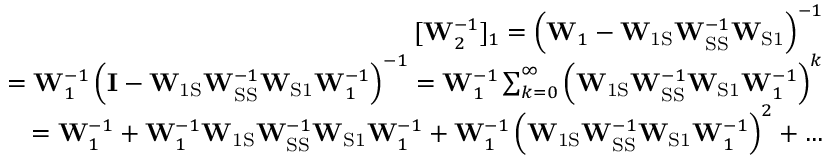
\begin{array} { r } { [ \mathbf { W } _ { 2 } ^ { - 1 } ] _ { 1 } = \left( \mathbf { W } _ { 1 } - \mathbf { W } _ { \mathrm { 1 S } } \mathbf { W } _ { \mathrm { S S } } ^ { - 1 } \mathbf { W } _ { \mathrm { S 1 } } \right) ^ { - 1 } } \\ { = \mathbf { W } _ { 1 } ^ { - 1 } \left( \mathbf { I } - \mathbf { W } _ { \mathrm { 1 S } } \mathbf { W } _ { \mathrm { S S } } ^ { - 1 } \mathbf { W } _ { \mathrm { S 1 } } \mathbf { W } _ { 1 } ^ { - 1 } \right) ^ { - 1 } = \mathbf { W } _ { 1 } ^ { - 1 } \sum _ { k = 0 } ^ { \infty } \left( \mathbf { W } _ { \mathrm { 1 S } } \mathbf { W } _ { \mathrm { S S } } ^ { - 1 } \mathbf { W } _ { \mathrm { S 1 } } \mathbf { W } _ { 1 } ^ { - 1 } \right) ^ { k } } \\ { = \mathbf { W } _ { 1 } ^ { - 1 } + \mathbf { W } _ { 1 } ^ { - 1 } \mathbf { W } _ { \mathrm { 1 S } } \mathbf { W } _ { \mathrm { S S } } ^ { - 1 } \mathbf { W } _ { \mathrm { S 1 } } \mathbf { W } _ { 1 } ^ { - 1 } + \mathbf { W } _ { 1 } ^ { - 1 } \left( \mathbf { W } _ { \mathrm { 1 S } } \mathbf { W } _ { \mathrm { S S } } ^ { - 1 } \mathbf { W } _ { \mathrm { S 1 } } \mathbf { W } _ { 1 } ^ { - 1 } \right) ^ { 2 } + \dots } \end{array}